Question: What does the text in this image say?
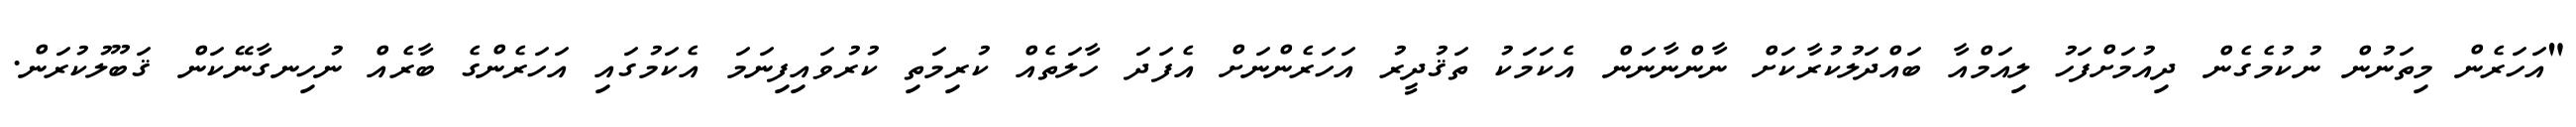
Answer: "އަހަރެން މިތަނުން ނުކުމެގެން ދިއުމަށްފަހު ލިއަމްއާ ބައްދަލުކުރާކަށް ނާންނާނަން އެކަމަކު ތަޤުދީރު އަހަރެންނަށް އެފަދަ ހާލަތެއް ކުރިމަތި ކުރުވައިފިނަމަ އެކަމުގައި އަހަރެންގެ ބާރެއް ނުހިނގާނޭކަން ޤަބޫލުކުރަން.